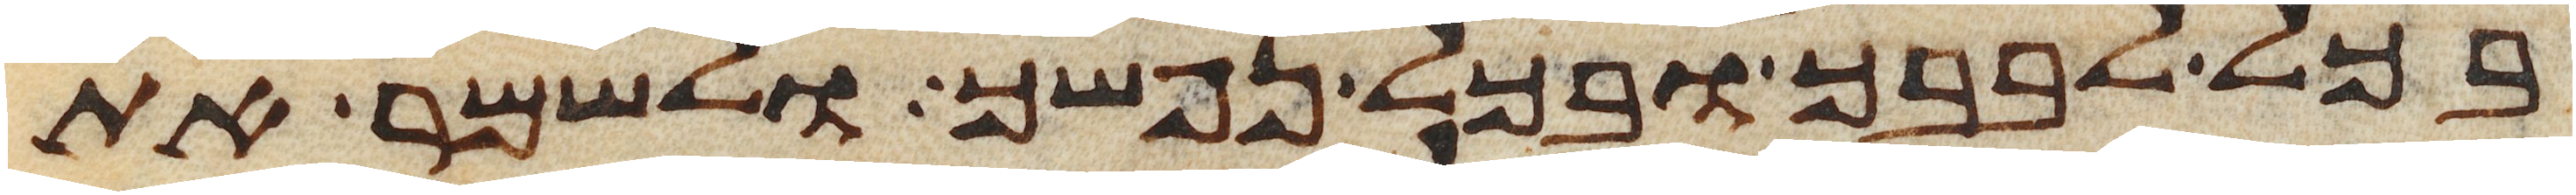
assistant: בכל לבבך ובכל נפשך ולשמר את